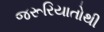
જરૂરિયાતોથી